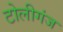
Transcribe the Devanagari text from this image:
टोलीगंज